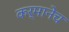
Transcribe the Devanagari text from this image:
कर्मानेच